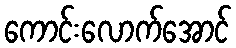
ကောင်းလောက်အောင်